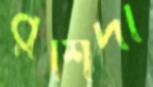
রশিদা